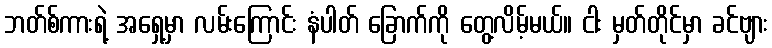
ဘတ်စ်ကားရဲ့ အရှေ့မှာ လမ်းကြောင်း နံပါတ် ခြောက်ကို တွေ့လိမ့်မယ်။ ငါး မှတ်တိုင်မှာ ခင်ဗျား